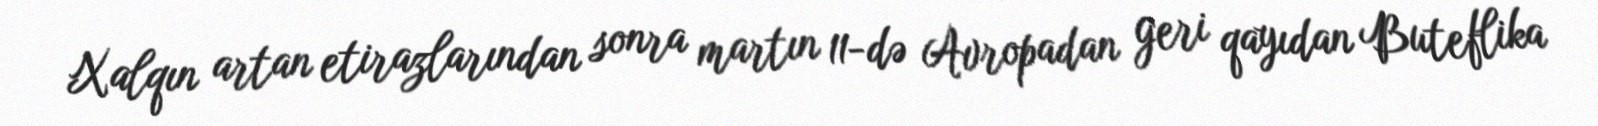
Xalqın artan etirazlarından sonra martın 11-də Avropadan geri qayıdan Buteflika